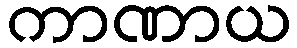
ကာဏာယ